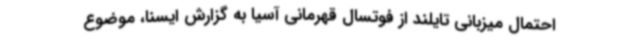
احتمال میزبانی تایلند از فوتسال قهرمانی آسیا به گزارش ایسنا، موضوع